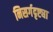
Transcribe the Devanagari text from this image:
निसर्गदृष्ट्या